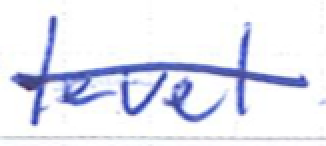
Text: level
Cross-out: mix
Writing tool: ballpoint